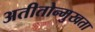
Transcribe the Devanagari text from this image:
अतीतोन्मुखता